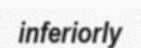
inferiorly